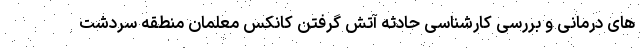
های درمانی و بررسی کارشناسی حادثه آتش گرفتن کانکس معلمان منطقه سردشت